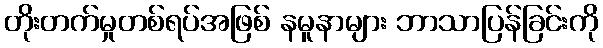
တိုးတက်မှုတစ်ရပ်အဖြစ် နမူနာများ ဘာသာပြန်ခြင်းကို